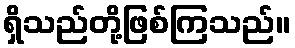
ရှိသည်တို့ဖြစ်ကြသည်။